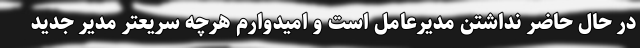
در حال حاضر نداشتن مدیرعامل است و امیدوارم هرچه سریعتر مدیر جدید